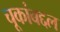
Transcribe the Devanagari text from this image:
चूकांबद्दल